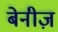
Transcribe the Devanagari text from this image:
बेनीज़